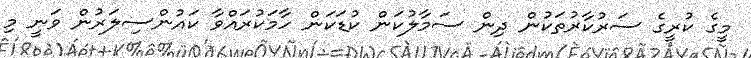
މީގެ ކުރީގެ ސަރުކާރުތަކުން ދިން ސަމާލުކަން ކުޑަކަން ހާމަކުރައްވާ ކައުންސިލަރުން ވަނީ މި